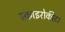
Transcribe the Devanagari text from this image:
स्काइरोकीटा